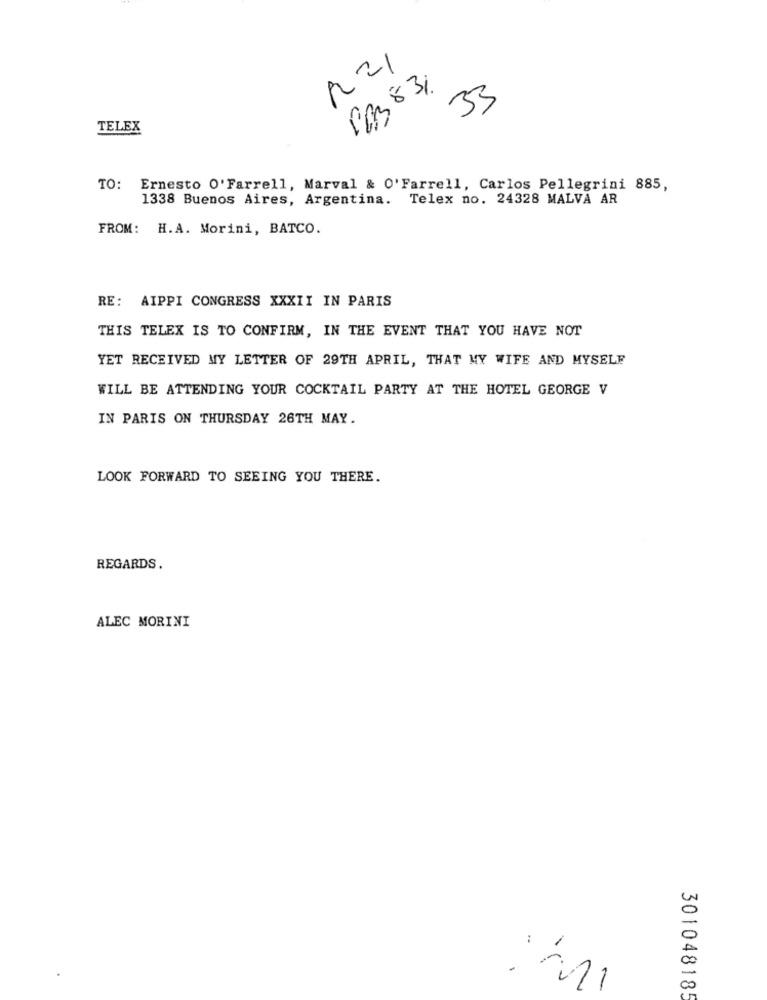
221
PAB 83%
33
TELEX
TO:
Ernesto O'Farrell, Marval & O'Farrell, Carlos Pellegrini 885,
1338 Buenos Aires, Argentina. Telex no. 24328 MALVA AR
FROM: H.A. Morini, BATCO.
RE: AIPPI CONGRESS XXXII IN PARIS
THIS TELEX IS TO CONFIRM, IN THE EVENT THAT YOU HAVE NOT
YET RECEIVED MY LETTER OF 29TH APRIL, THAT MY WIFE AND MYSELF
WILL BE ATTENDING YOUR COCKTAIL PARTY AT THE HOTEL GEORGE V
IN PARIS ON THURSDAY 26TH MAY.
LOOK FORWARD TO SEEING YOU THERE.
REGARDS.
ALEC MORINI
301048185